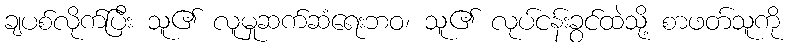
ချပစ်လိုက်ပြီး သူ၏ လူမှုဆက်ဆံရေးဘဝ၊ သူ၏ လုပ်ငန်းခွင်ထဲသို့ စာဖတ်သူကို